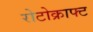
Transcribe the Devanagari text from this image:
रोटोक्राफ्ट